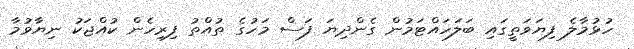
ހުޅުމާލެ ފިޔަވަތީގައި ބަލަހައްޓަމުން ގެންދިޔަ ފަސް މަހުގެ ތުއްތު ފިރިހެން ކުއްޖަކު ނިޔާވުމާ